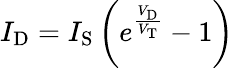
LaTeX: I_{\mathrm{D}}=I_{\mathrm{S}}\left(e^{\frac{V_{\mathrm{D}}}{V_{\mathrm{T}}}}-1\right)